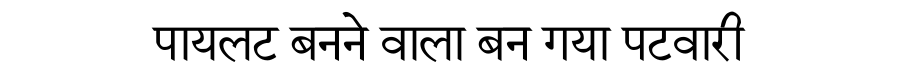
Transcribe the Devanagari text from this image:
पायलट बनने वाला बन गया पटवारी